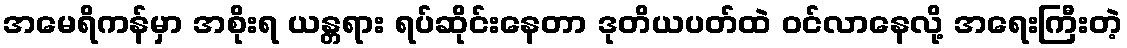
အမေရိကန်မှာ အစိုးရ ယန္တရား ရပ်ဆိုင်းနေတာ ဒုတိယပတ်ထဲ ဝင်လာနေလို့ အရေးကြီးတဲ့